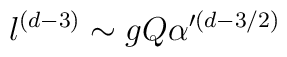
l^{(d-3)} \sim g Q \alpha '^{(d-3/2)}